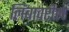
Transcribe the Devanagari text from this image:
लिंबावरील